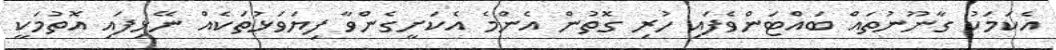
އެކަމަކު ގާނޫނުތައް ބައްޓަންވެފައި ހުރި ގޮތުން އެންމެ އެކަށީގެންވާ ފިޔަވަޅުތަކެއް ނޭޅިފައި އޮތުމަކީ